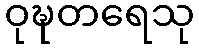
ဝုဍ္ဎတရေသု